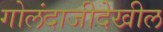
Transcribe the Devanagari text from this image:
गोलंदाजीदेखील